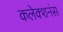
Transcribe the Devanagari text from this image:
कलेक्शनंस